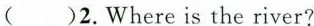
( )2. Where is the river?